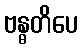
ဗန္ဓတိပေ